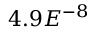
4 . 9 E ^ { - 8 }